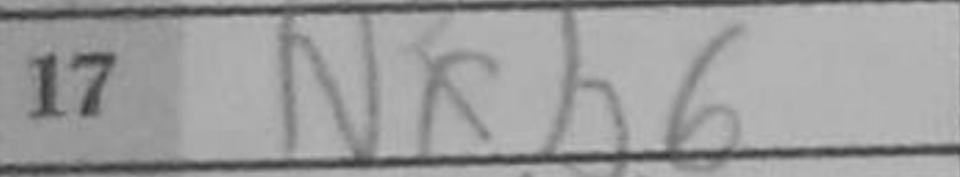
Transcription: Nxb6